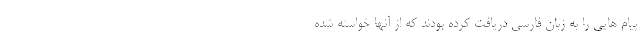
پیام هایی را به زبان فارسی دریافت کرده بودند که از آنها خواسته شده